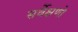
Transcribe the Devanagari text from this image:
सर्वेक्षणो